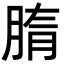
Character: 𦜤